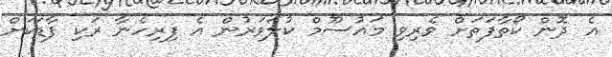
އެ ދޮން ކޯތާފަތަށް ވެރިވި މައުސޫމް ކުލަވަރުން އެ ފިރިހެނާ ރަކި ފާޑަކަށް